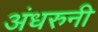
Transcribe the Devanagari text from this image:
अंधरुनी